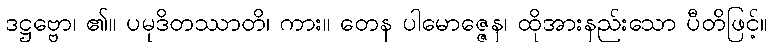
ဒဋ္ဌဗ္ဗော၊ ၏။ ပမုဒိတဿာတိ၊ ကား။ တေန ပါမောဇ္ဇေန၊ ထိုအားနည်းသော ပီတိဖြင့်။